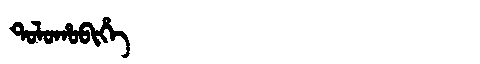
Manchu: ᡨᠣᠯᠣᡥᠣᠪᡳᡥᡝ
Romanization: TOLOHOBIHE